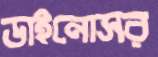
ডাইনোসর